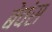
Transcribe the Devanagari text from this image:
बेवंस